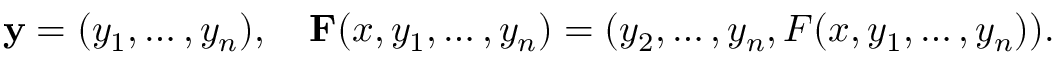
\mathbf { y } = ( y _ { 1 } , \ldots , y _ { n } ) , \quad \mathbf { F } ( x , y _ { 1 } , \ldots , y _ { n } ) = ( y _ { 2 } , \ldots , y _ { n } , F ( x , y _ { 1 } , \ldots , y _ { n } ) ) .